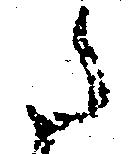
た